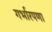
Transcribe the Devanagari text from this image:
गर्भारपणा